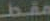
مقط